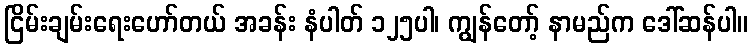
ငြိမ်းချမ်းရေးဟော်တယ် အခန်း နံပါတ် ၁၂၅ပါ၊ ကျွန်တော့် နာမည်က ဒေါ်ဆန်ပါ။